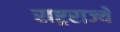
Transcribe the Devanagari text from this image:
राष्ट्रराज्ये